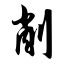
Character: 削